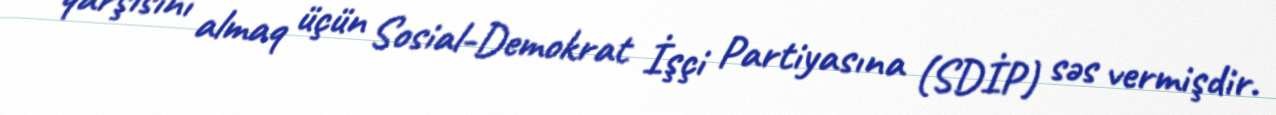
qarşısını almaq üçün Sosial-Demokrat İşçi Partiyasına (SDİP) səs vermişdir.